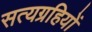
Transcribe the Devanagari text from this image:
सत्यग्रहियों